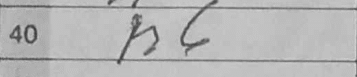
Transcription: h6